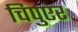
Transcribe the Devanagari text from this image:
चिपुएर